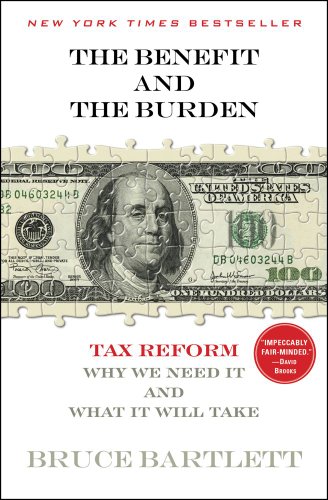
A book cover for The Benefit and The Burden: Tax Reform-Why We Need It and What It Will Take; Bruce Bartlett; Business & Money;